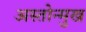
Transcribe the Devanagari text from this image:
अस्तोन्मुख